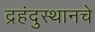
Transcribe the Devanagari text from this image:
द्रहंदुस्थानचे